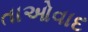
તાઓવાદ